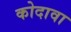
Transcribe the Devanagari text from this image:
कोदावा